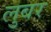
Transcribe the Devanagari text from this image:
लुबर